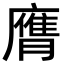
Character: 膺